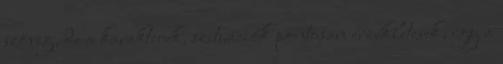
szöveg, de a karakterek, szituációk pontosan érzékletesek, így a